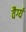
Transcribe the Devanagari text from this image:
वैर्ग्य